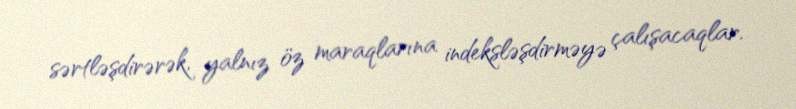
sərtləşdirərək, yalnız öz maraqlarına indeksləşdirməyə çalışacaqlar.